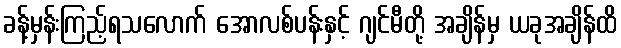
ခန့်မှန်းကြည့်ရသလောက် အောလစ်ပန်းနှင့် ဂျင်မီတို့ အချိန်မှ ယခုအချိန်ထိ